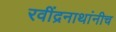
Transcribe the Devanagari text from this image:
रवींद्रनाथांनीच